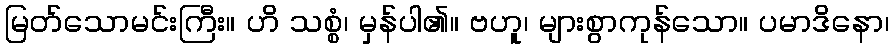
မြတ်သောမင်းကြီး။ ဟိ သစ္စံ၊ မှန်ပါ၏။ ဗဟူ၊ များစွာကုန်သော။ ပမာဒိနော၊